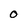
Character: O